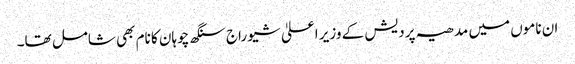
ان ناموں میں مدھیہ پردیش کے وزیر اعلیٰ شیو راج سنگھ چوہان کا نام بھی شامل تھا۔